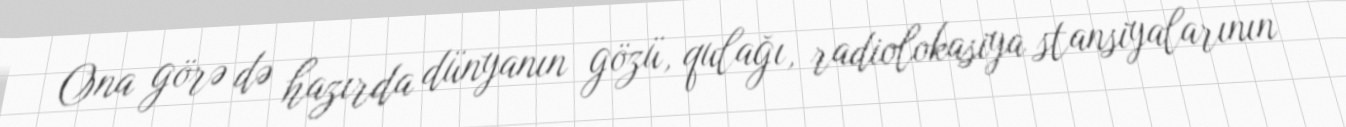
Ona görə də hazırda dünyanın gözü, qulağı, radiolokasiya stansiyalarının